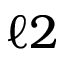
\ell { 2 }